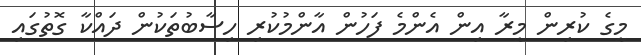
މީގެ ކުރިން މީރާ އިން އެންމެ ފަހުން އާންމުކުރި ހިސާބުތަކުން ދައްކާ ގޮތުގައި